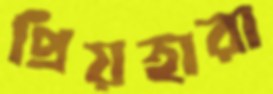
প্রিয়হারা